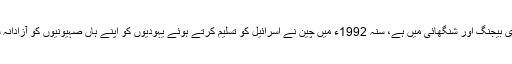
چین میں یہودیوں کی زیادہ آبادی بیجنگ اور شنگھائی میں ہے، سنہ 1992ء میں چین نے اسرائیل کو تسلیم کرتے ہوئے یہودیوں کو اپنے ہاں صہیونیوں کو آزادانہ سرگرمیوں‌ کی اجازت دے دی۔